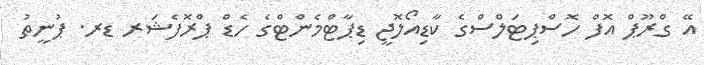
އޭ ގްރޫޕް އޮފް ހޮސްޕިޓަލްސްގެ ކާޑިއޯލޮޖީ ޑިޕާޓްމެންޓްގެ ހެޑް ޕްރޮފެޝަރ ޑރ. ޕުނީތު